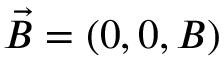
\vec { B } = ( 0 , 0 , B )